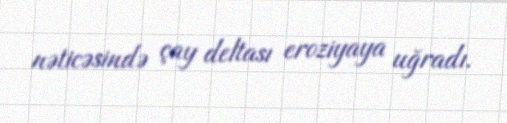
nəticəsində çay deltası eroziyaya uğradı.